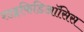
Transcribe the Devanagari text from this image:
शाइफिडिऑसिस